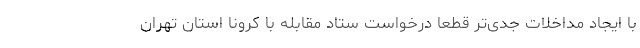
با ایجاد مداخلات جدی‌تر قطعا درخواست ستاد مقابله با کرونا استان تهران